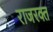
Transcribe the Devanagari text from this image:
राजरक्त